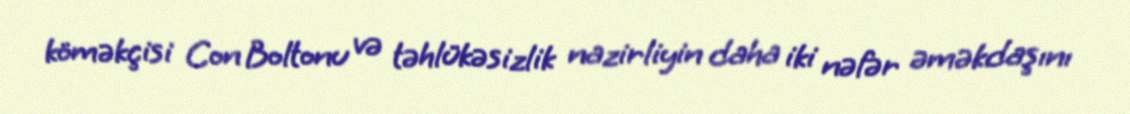
köməkçisi Con Boltonu və təhlükəsizlik nazirliyin daha iki nəfər əməkdaşını